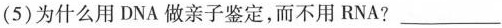
(5)为什么用DNA做亲子鉴定，而不用RNA?_______